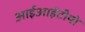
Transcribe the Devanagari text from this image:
आईआईटीयो